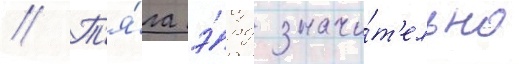
// Т'я́га э́рд значи́т'ельно